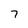
Character: 7